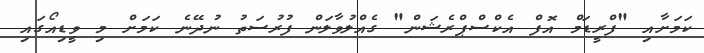
ކަމަށާއި "ފްރީޑަމް އޮފް އެކްސްޕްރެޝަން" ގެއްލުވާލަން ފުރުސަތު ނުދޭނެ ކަމަށް މި ވީޑިއޯގައި